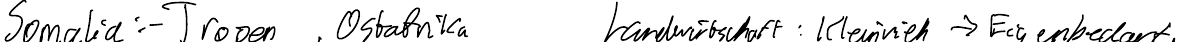
Somalia: - Tropen, Ostafrika   Landwirtschaft: Kleinvieh -> Eigenbedarf